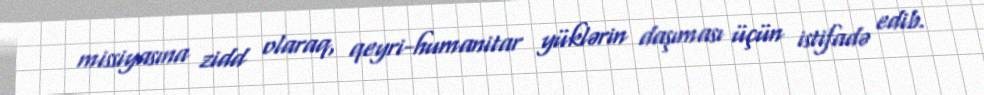
missiyasına zidd olaraq, qeyri-humanitar yüklərin daşıması üçün istifadə edib.